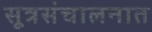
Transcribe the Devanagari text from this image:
सूत्रसंचालनात